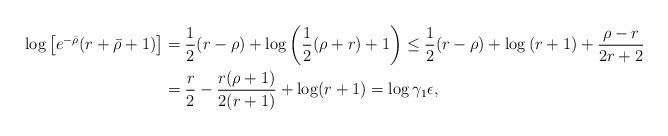
LaTeX: \begin{align*} \log\left[e^{-\bar\rho}(r + \bar\rho + 1)\right] &= \frac{1}{2}(r - \rho) + \log\left(\frac{1}{2}(\rho+r)+1\right) \leq \frac{1}{2}(r - \rho) + \log\left(r+1\right) + \frac{\rho-r}{2r+ 2}\\ & = \frac{r}{2}-\frac{r(\rho+1)}{2(r+1)} + \log(r+1) = \log \gamma_1 \epsilon,\end{align*}